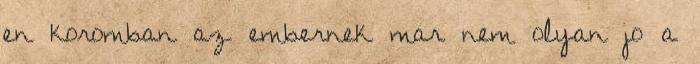
en koromban az embernek mar nem olyan jo a